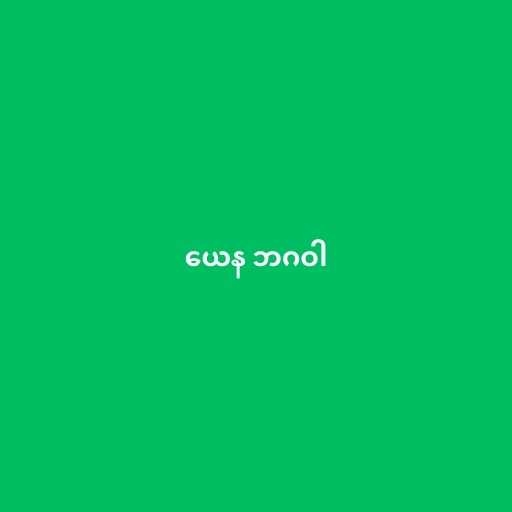
ယေန ဘဂဝါ